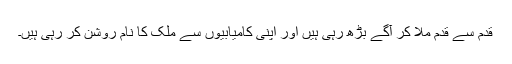
قدم سے قدم ملا کر آگے بڑھ رہی ہیں اور اپنی کامیابیوں سے ملک کا نام روشن کر رہی ہیں۔